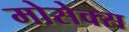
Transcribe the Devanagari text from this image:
मोसेक्स